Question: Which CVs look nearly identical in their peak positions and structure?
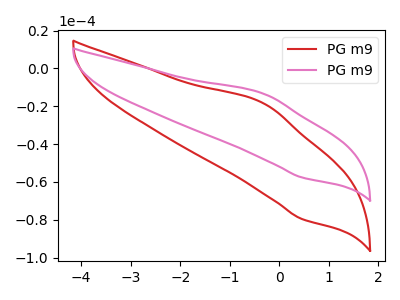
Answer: <think>The red curve "PG m91" has an anodic peak at (-0.30V, -18.45uA) and a cathodic peak at (0.45V, -79.60uA). The pink curve "PG m92" has an anodic peak at (-0.30V, -13.35uA) and a cathodic peak at (0.45V, -57.65uA).
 All the peaks in "PG m91" have a peak in "PG m92" at the same potential.</think>
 <answer>"PG m91" and "PG m92" have the same shape and are likely CV's of the same chemical.</answer>
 <eval>"PG m91" "PG m92"</eval>